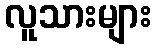
လူသားများ